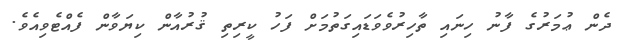
ދެން ޢުމަރުގެ ފާނު ހިނައި ތާހިރުވެވަޑައިގަތުމަށް ފަހު ކީރިތި ޤުރުއާން ކިޔަވާން ފެއްޓެވިއެވެ.